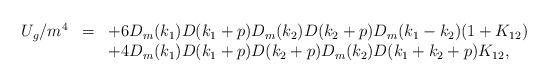
LaTeX: \begin{align*}\begin{array}{rcl}U_g/m^4&=&\displaystyle +6D_m(k_1)D(k_1+p)D_m(k_2)D(k_2+p)D_m(k_1-k_2)(1+K_{12})\\&&\displaystyle +4D_m(k_1)D(k_1+p)D(k_2+p)D_m(k_2)D(k_1+k_2+p)K_{12}, \end{array}\end{align*}